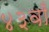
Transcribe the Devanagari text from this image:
४३वाँ